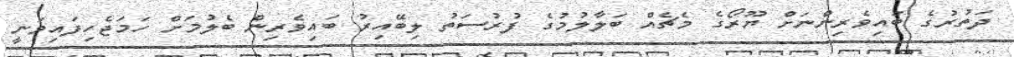
ދަތުރުގެ ބައިވެރިންނަށް ޔޫރޯގެ މެޗެއް ބަލާލުމުގެ ފުރުސަތު ލިބޭއިރު ބައިވެރިން ބެލުމަށް ހަމަޖެހިފައިވަނީ